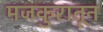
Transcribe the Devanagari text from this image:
मजकुरातून